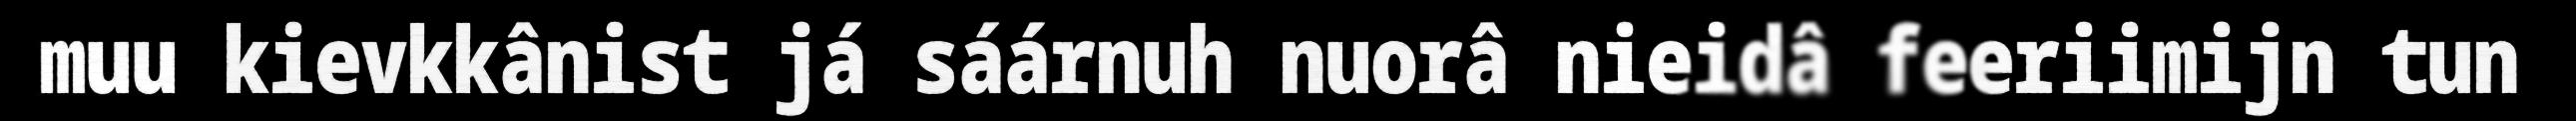
muu kievkkânist já sáárnuh nuorâ nieidâ feeriimijn tun